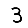
Digit: 3